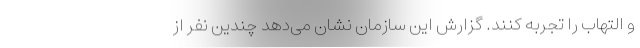
و التهاب را تجربه کنند. گزارش این سازمان نشان می‌دهد چندین نفر از